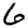
Digit: 6